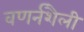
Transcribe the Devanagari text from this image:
वणर्नशैली